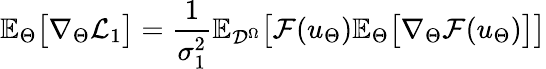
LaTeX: \mathbb{E}_{\Theta}\big[\nabla_{\Theta}\mathcal{L}_{1}\big]=\frac{1}{\sigma_{1}^{2}}\mathbb{E}_{\mathcal{D}^{\Omega}}\big[\mathcal{F}(u_{\Theta})\mathbb{E}_{\Theta}\big[\nabla_{\Theta}\mathcal{F}(u_{\Theta})\big]\big]